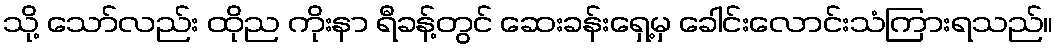
သို့ သော်လည်း ထိုည ကိုးနာ ရီခန့်တွင် ဆေးခန်းရှေ့မှ ခေါင်းလောင်းသံကြားရသည်။